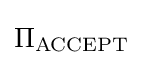
\Pi _{\text{ACCEPT}}